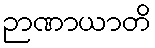
ဉာဏာယာတိ